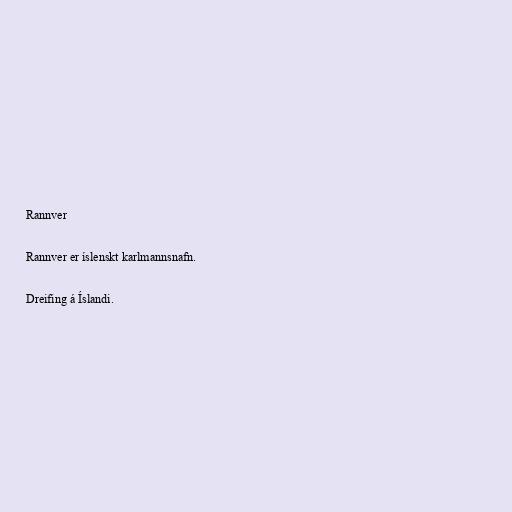
Rannver

Rannver er íslenskt karlmannsnafn.

Dreifing á Íslandi.